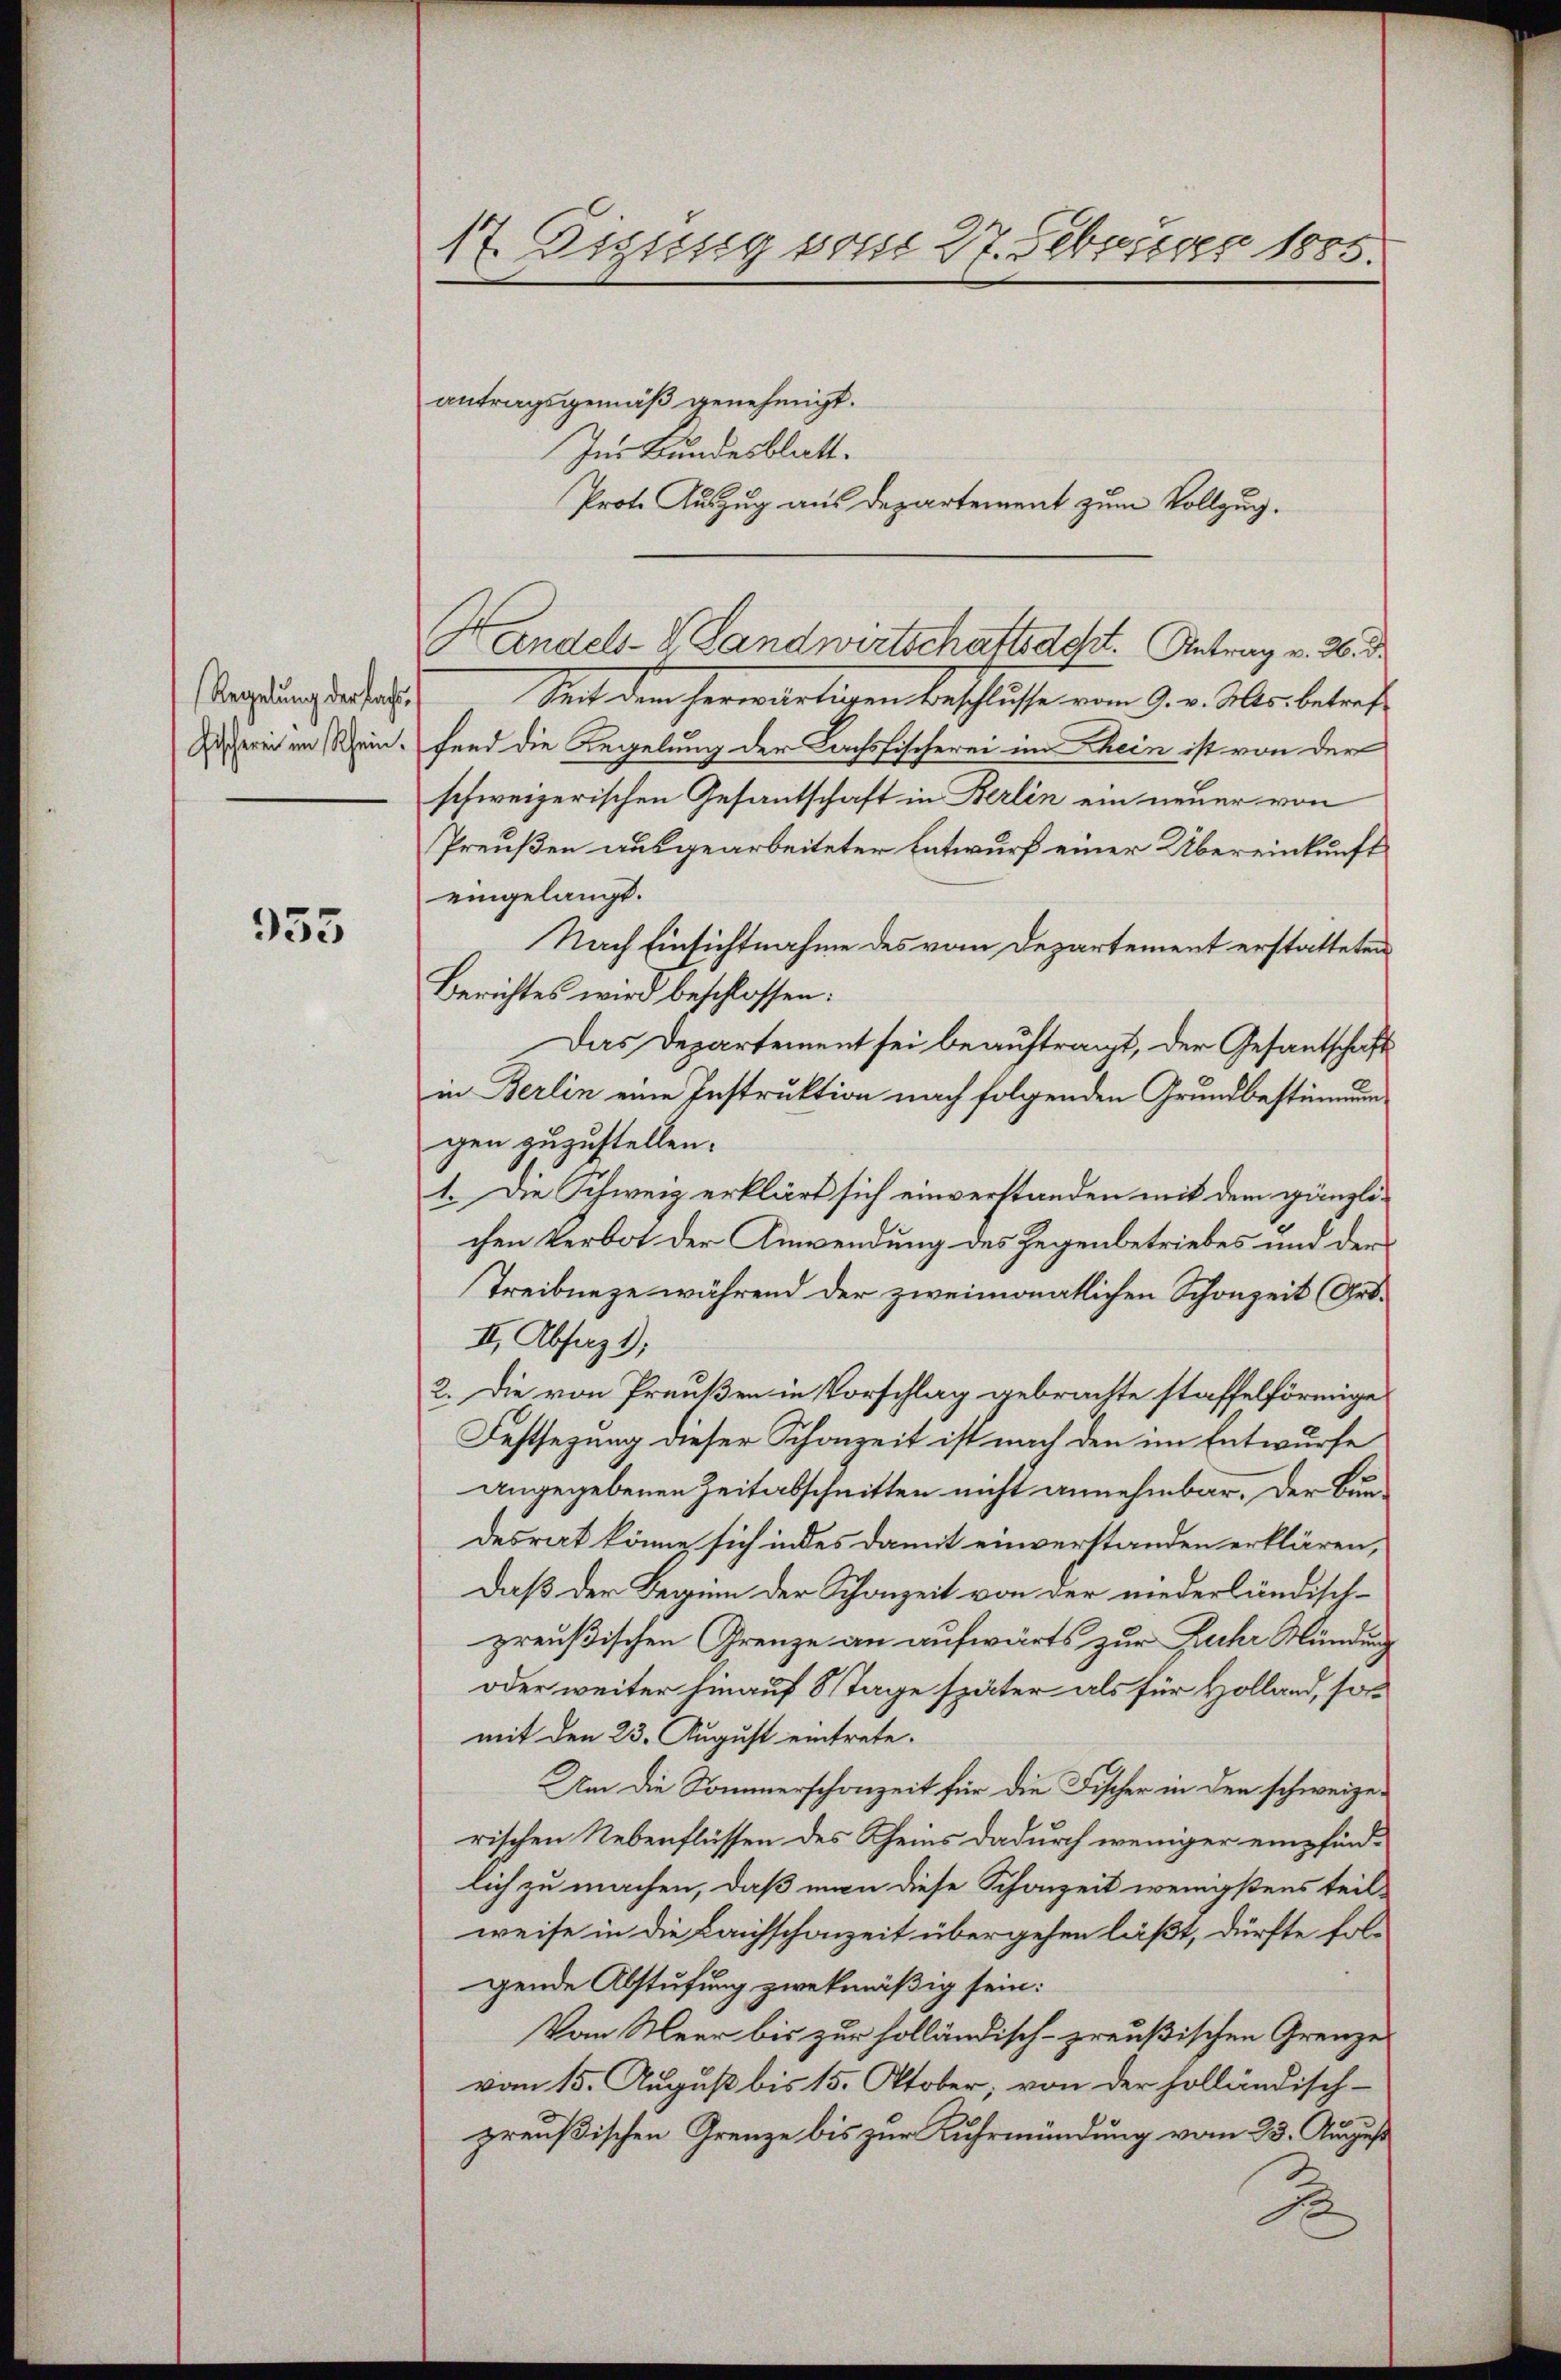
Regelung der fach¬
Fischeren im Rhein.

335

17. Diesig vom 27. Februar 1885.

antragsgemäß genehmigt.
Ins Bundesblatt.
Prote Auszug aus Departement zum Vollzug.
Handels-V. Landwirtschaftsdest. Antrag v. 26. d.
Seit dem herwärtigen Beschlüsse vom 9. v. Serbetref
fend die Regelung der Lachsfischerei im Thein ist von der
schweizerischen Gesantschaft in Berlin ein neuer von
Preußen ausgearbeiteter Entwurf einer Übereinkunft
eingelangt.
Nach Einsichtnahme des vom Departement erstatteten
Berichtes wird beschlossen:
Das Departement sei beauftragt, der Gesantschaft
in Berlin eine Instruktion nach folgenden Grundbestimmungen zuzustellen.
1. Die Schweiz erklärt sich einverstanden mit dem gänzlichen Verbot der Anwendung des Gegenbetriebes und der
Treibunge während der zweimonatlichen Schonzeit (Ord¬
II. Absag1);
2. Die von Preußen in Vorschlag gebrachte staffelförmige
Festsezung dieser Schonzeit ist nach den im Entwurfe
angegebenen Zeitabschnitten nicht annehmbar. Der Bundesrat könne sich indes damit einverstanden erklären,
Daß der Beginn der Schonzeit von der niederländisch-
preußischen Grenze an aufwärts zur Zuhr Mündung
oder weiter hinauf 8 Tage später als für Holland, somit den 23. August eintrete.
Um die Sommerschonzeit für die Fischer in den schweizen
rischen Nebenflüssen des Rheins dadurch weniger empfindlich zu machen, daß man diese Schanzeit wenigstens teil-
weise in die Laichschonzeit übergehen läßt, dürfte folgende Abstufung zwekmäßig sein:
Vom Meer bis zur holländisch-preußischen Grenze
vom 15. August bis 15. Oktober, von der holländisch-
preußischen Grenze bis zur Kuhrmündung vom 25. August
B